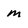
Character: m